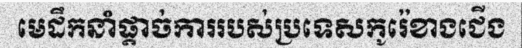
មេដឹកនាំផ្តាច់ការរបស់ប្រទេសកូរ៉េខាងជើង